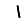
Digit: 1